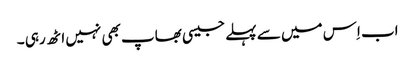
اب اِس میں سے پہلے جیسی بھاپ بھی نہیں اٹھ رہی ۔